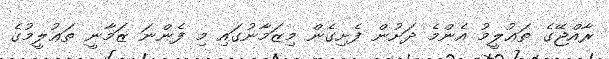
ރާއްޖޭގެ ތަޢުލީމު އެންމެ ދަށުން ފެށިގެން މިޒަމާނުގައި މި ފެންނަ ޒަމާނީ ތަޢުލީމުގެ